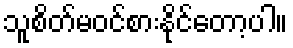
သူစိတ်မဝင်စားနိုင်တော့ပါ။